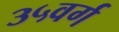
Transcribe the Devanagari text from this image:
३५वर्ग